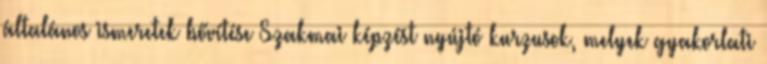
általános ismeretek bővítése Szakmai képzést nyújtó kurzusok, melyek gyakorlati